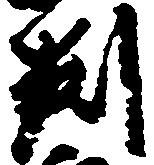
判